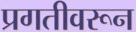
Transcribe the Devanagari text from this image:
प्रगतीवरून